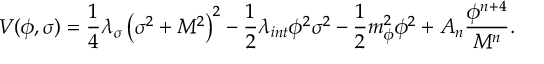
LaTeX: V ( \phi , \sigma ) = \frac { 1 } { 4 } \lambda _ { \sigma } \left( \sigma ^ { 2 } + M ^ { 2 } \right) ^ { 2 } - \frac { 1 } { 2 } \lambda _ { i n t } \phi ^ { 2 } \sigma ^ { 2 } - \frac { 1 } { 2 } m _ { \phi } ^ { 2 } \phi ^ { 2 } + A _ { n } \frac { \phi ^ { n + 4 } } { M ^ { n } } .